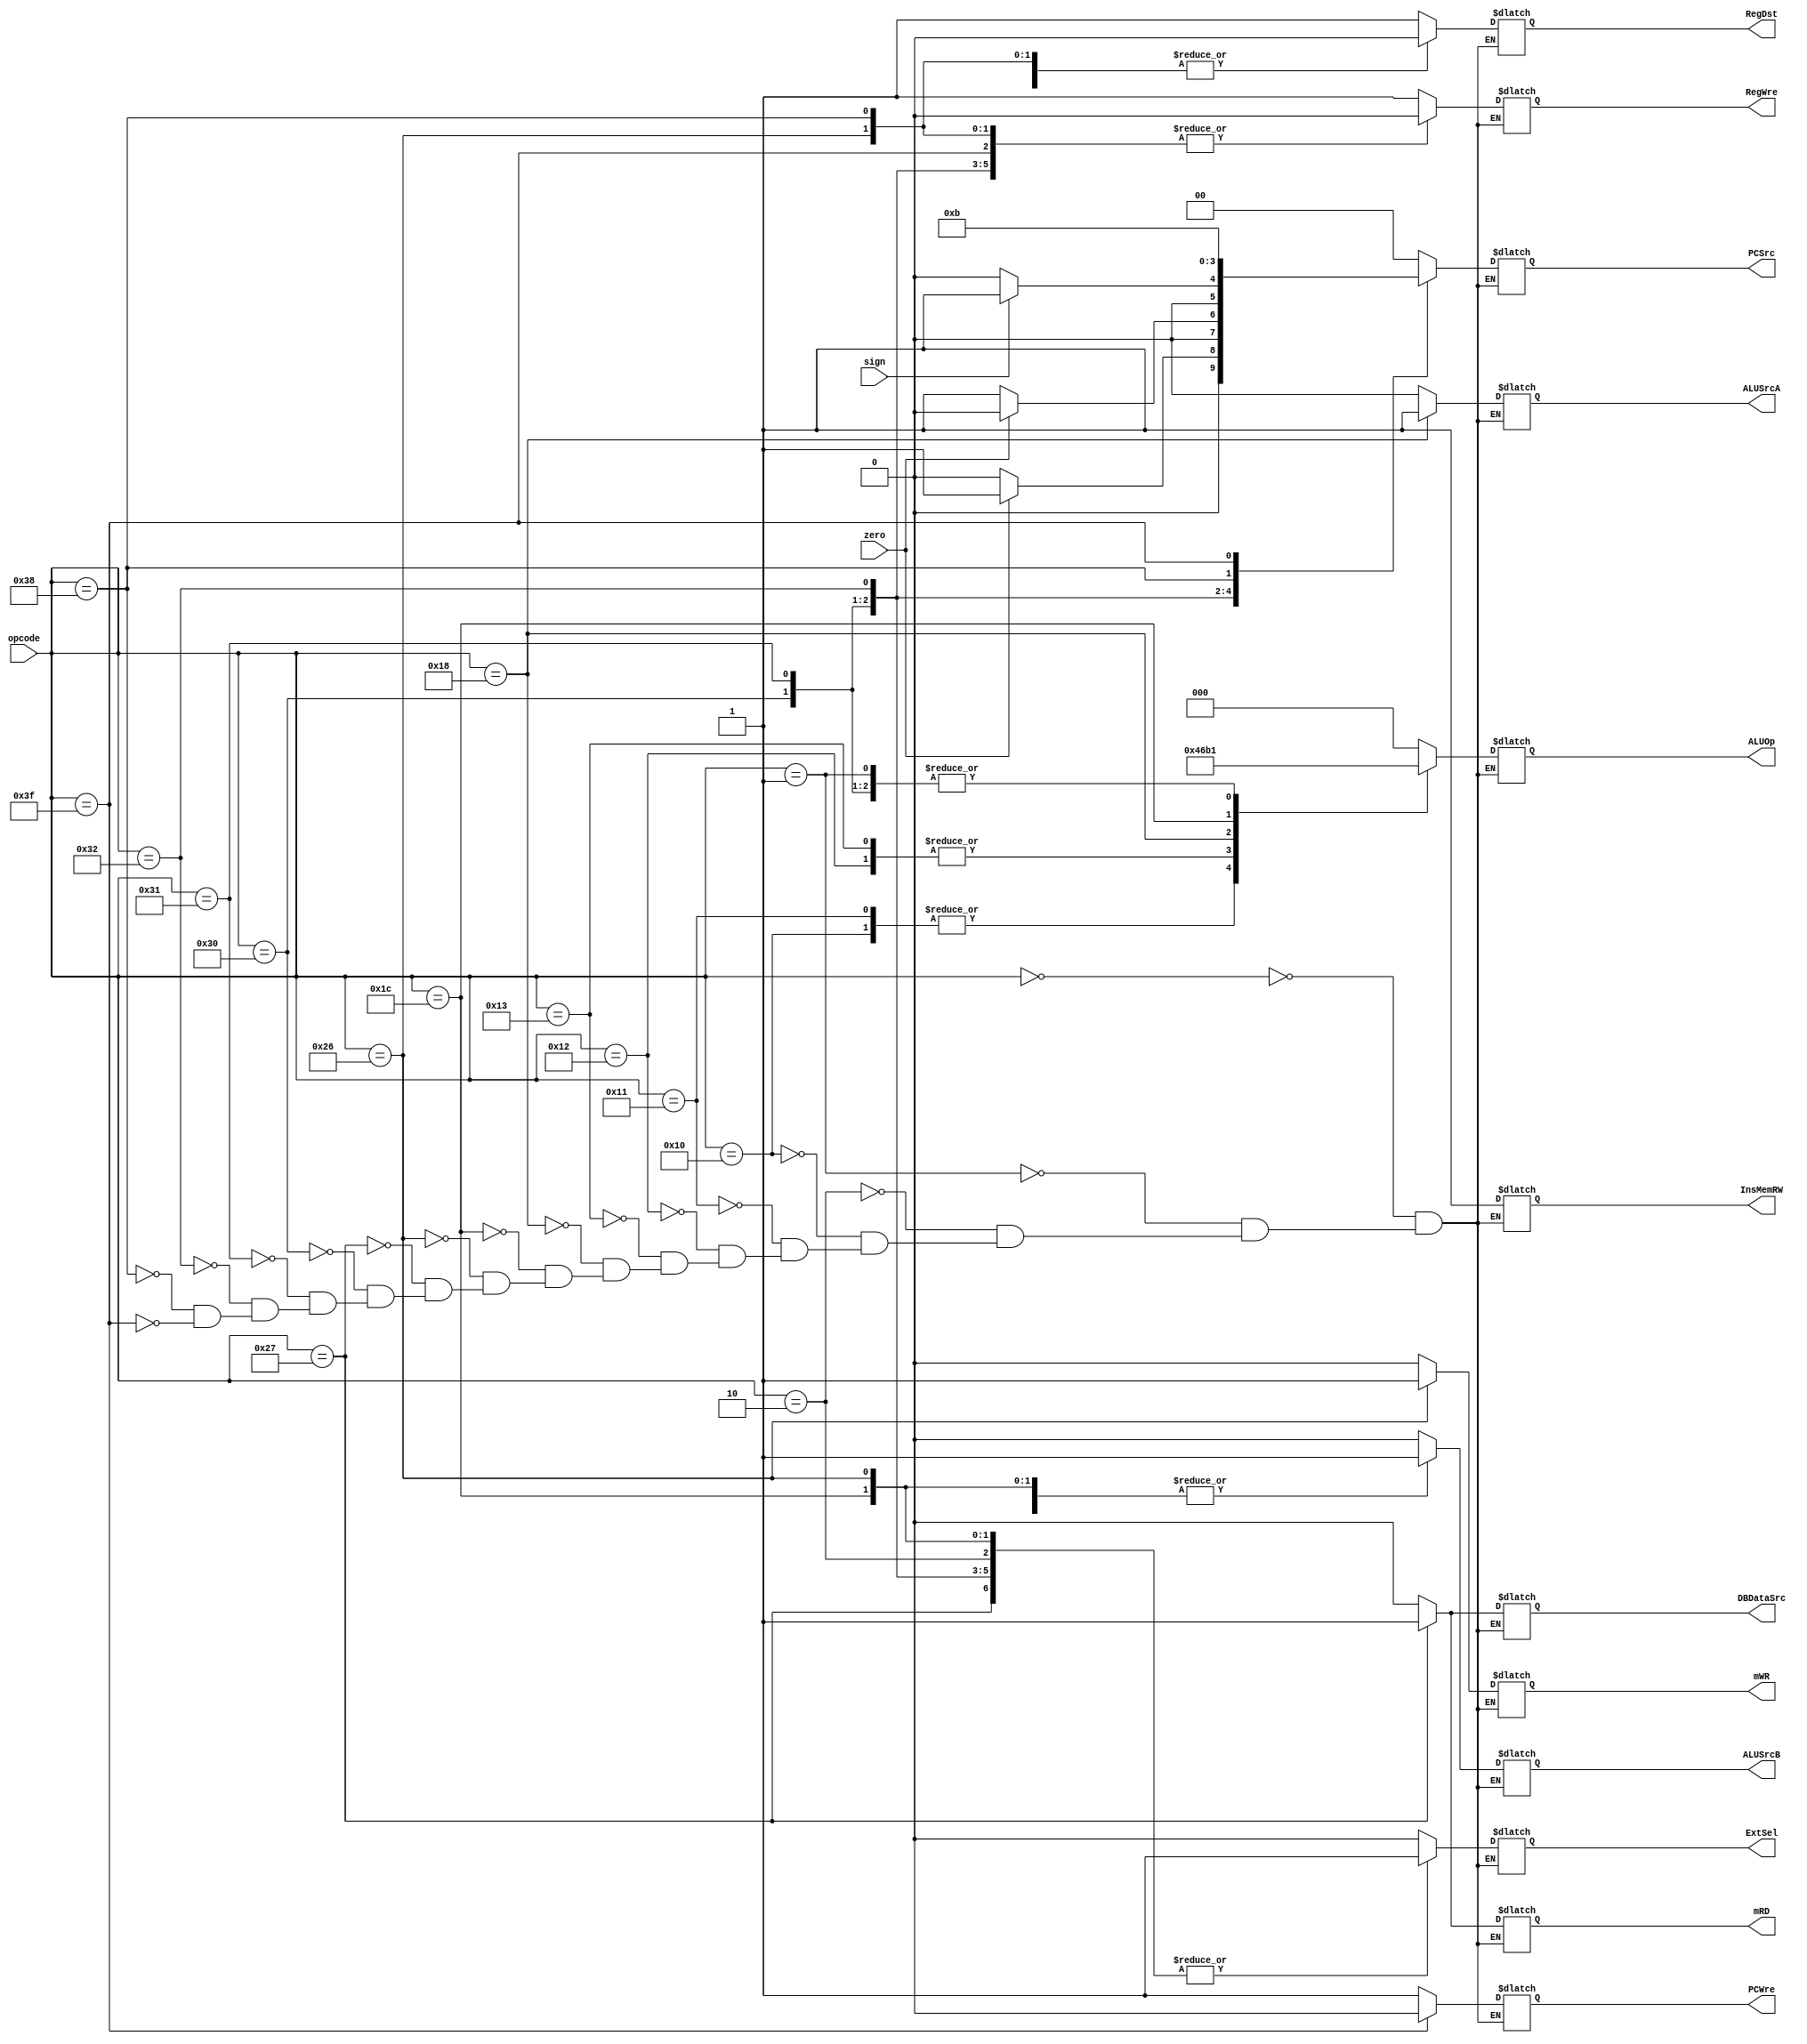
`timescale 1ns / 1ps
//////////////////////////////////////////////////////////////////////////////////
// Company: 
// Engineer: 
// 
// Design Name: 
// Module Name: ControlUnit
// Project Name: 
// Target Devices: 
// Tool Versions: 
// Description: 
// 
// Dependencies: 
// 
// Revision:
// Revision 0.01 - File Created
// Additional Comments:
// 
//////////////////////////////////////////////////////////////////////////////////


module ControlUnit(
    input [5:0] opcode,
    input zero,
    input sign,
    output reg PCWre,
    output reg ALUSrcA,
    output reg ALUSrcB,
    output reg DBDataSrc,
    output reg RegWre,
    output reg InsMemRW,
    output reg mRD,
    output reg mWR,
    output reg RegDst,
    output reg ExtSel,
    output reg [1:0] PCSrc,
    output reg [2:0] ALUOp
    );
    
    always @(opcode or zero or sign) begin
        case(opcode)
            6'b000000: begin    // add
                PCWre <= 1;
                {ALUSrcA, ALUSrcB, DBDataSrc, RegWre, InsMemRW, mRD, mWR, RegDst, ExtSel} <= 9'b000110010;
                {PCSrc[1:0], ALUOp[2:0]} <= 5'b00_000;
            end
            6'b000001: begin    // sub
                PCWre <= 1;
                {ALUSrcA, ALUSrcB, DBDataSrc, RegWre, InsMemRW, mRD, mWR, RegDst, ExtSel} <= 9'b000110010;
                {PCSrc[1:0], ALUOp[2:0]} <= 5'b00_001;
            end
            6'b000010: begin    // addiu
                PCWre <= 1;
                {ALUSrcA, ALUSrcB, DBDataSrc, RegWre, InsMemRW, mRD, mWR, RegDst, ExtSel} <= 9'b010110001;
                {PCSrc[1:0], ALUOp[2:0]} <= 5'b00_000;
            end
            6'b010000: begin    // andi
                PCWre <= 1;
                {ALUSrcA, ALUSrcB, DBDataSrc, RegWre, InsMemRW, mRD, mWR, RegDst, ExtSel} <= 9'b010110000;
                {PCSrc[1:0], ALUOp[2:0]} <= 5'b00_100;
            end
            6'b010001: begin    // and
                PCWre <= 1;
                {ALUSrcA, ALUSrcB, DBDataSrc, RegWre, InsMemRW, mRD, mWR, RegDst, ExtSel} <= 9'b000110010;
                {PCSrc[1:0], ALUOp[2:0]} <= 5'b00_100;
            end
            6'b010010: begin    // ori
                PCWre <= 1;
                {ALUSrcA, ALUSrcB, DBDataSrc, RegWre, InsMemRW, mRD, mWR, RegDst, ExtSel} <= 9'b010110000;
                {PCSrc[1:0], ALUOp[2:0]} <= 5'b00_011;
            end
            6'b010011: begin    // or
                PCWre <= 1;
                {ALUSrcA, ALUSrcB, DBDataSrc, RegWre, InsMemRW, mRD, mWR, RegDst, ExtSel} <= 9'b000110010;
                {PCSrc[1:0], ALUOp[2:0]} <= 5'b00_011;
            end
            6'b011000: begin    // sll
                PCWre <= 1;
                {ALUSrcA, ALUSrcB, DBDataSrc, RegWre, InsMemRW, mRD, mWR, RegDst, ExtSel} <= 9'b100110010;
                {PCSrc[1:0], ALUOp[2:0]} <= 5'b00_010;
            end
            6'b011100: begin    // slti
                PCWre <= 1;
                {ALUSrcA, ALUSrcB, DBDataSrc, RegWre, InsMemRW, mRD, mWR, RegDst, ExtSel} <= 9'b010110001;
                {PCSrc[1:0], ALUOp[2:0]} <= 5'b00_110;
            end
            6'b100110: begin    // sw
                PCWre <= 1;
                {ALUSrcA, ALUSrcB, DBDataSrc, RegWre, InsMemRW, mRD, mWR, RegDst, ExtSel} <= 9'b010010101;
                {PCSrc[1:0], ALUOp[2:0]} <= 5'b00_000;
            end
            6'b100111: begin    // lw
                PCWre <= 1;
                {ALUSrcA, ALUSrcB, DBDataSrc, RegWre, InsMemRW, mRD, mWR, RegDst, ExtSel} <= 9'b011111001;
                {PCSrc[1:0], ALUOp[2:0]} <= 5'b00_000;
            end
            6'b110000: begin    // beq
                PCWre <= 1;
                {ALUSrcA, ALUSrcB, DBDataSrc, RegWre, InsMemRW, mRD, mWR, RegDst, ExtSel} <= 9'b000010001;
                PCSrc[1:0] <= (zero==1) ? 2'b01 : 2'b00;
                ALUOp[2:0] <= 3'b001;
            end
            6'b110001: begin    // bne
                PCWre <= 1;
                {ALUSrcA, ALUSrcB, DBDataSrc, RegWre, InsMemRW, mRD, mWR, RegDst, ExtSel} <= 9'b000010001;
                PCSrc[1:0] <= (zero==0) ? 2'b01 : 2'b00;
                ALUOp[2:0] <= 3'b001;
            end
            6'b110010: begin    // bltz
                PCWre <= 1;
                {ALUSrcA, ALUSrcB, DBDataSrc, RegWre, InsMemRW, mRD, mWR, RegDst, ExtSel} <= 9'b000010001;
                PCSrc[1:0] <= (sign==1) ? 2'b01 : 2'b00;
                ALUOp[2:0] <= 3'b000;
            end
            6'b111000: begin    // j
                PCWre <= 1;
                {ALUSrcA, ALUSrcB, DBDataSrc, RegWre, InsMemRW, mRD, mWR, RegDst, ExtSel} <= 9'b000010000;
                {PCSrc[1:0], ALUOp[2:0]} <= 5'b10_000;
            end
            6'b111111: begin    // halt
                PCWre <= 0;
                {ALUSrcA, ALUSrcB, DBDataSrc, RegWre, InsMemRW, mRD, mWR, RegDst, ExtSel} <= 9'b000010000;
                {PCSrc[1:0], ALUOp[2:0]} <= 5'b11_000;
            end
        endcase
    end
    
endmodule